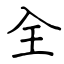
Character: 全